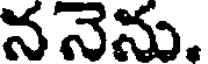
ననెను.